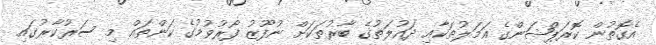
އެގޮތުން ކޮރަޕްޝަންގެ އަމަލުތަކާއި ދައުލަތުގެ ބާރުތަކަށް ނުފޫޒު ފޯރުވުމުގެ ކަންތައް މި ސަރުކާރުގައި